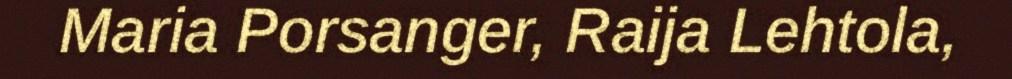
Maria Porsanger, Raija Lehtola,